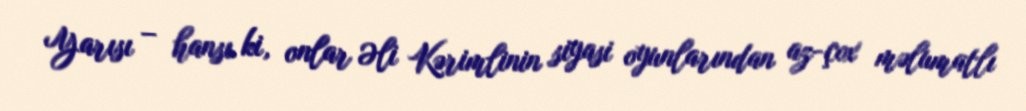
Yarısı – hansı ki, onlar Əli Kərimlinin siyasi oyunlarından az-çox məlumatlı